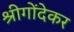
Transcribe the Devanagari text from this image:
श्रीगोंदेकर